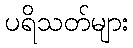
ပရိသတ်များ